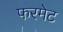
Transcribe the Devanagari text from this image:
फरमेट